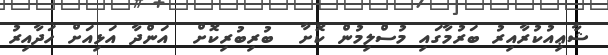
ޝާޢިއުކުރާއިރު ބަރުމާގައި މުސްލިމުން ކޮށާ  ބުރިބުރިކޮށް  އަންދާ އަޅިއަށް ހަދާއިރު